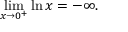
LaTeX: \operatorname* { l i m } _ { x \to 0 ^ { + } } \ln x = - \infty .